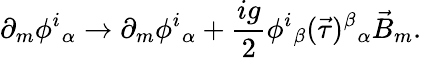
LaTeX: \partial_{m}\phi^{i}{}_{\alpha}\to\partial_{m}\phi^{i}{}_{\alpha}+\frac{ig}{2}\phi^{i}{}_{\beta}(\vec{\tau})^{\beta}{}_{\alpha}\vec{B}_{m}.